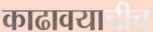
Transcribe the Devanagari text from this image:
काढावयाचीच